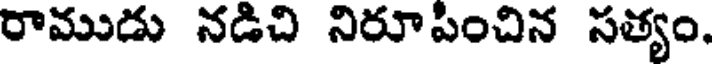
రాముడు నడిచి నిరూపించిన సత్యం.